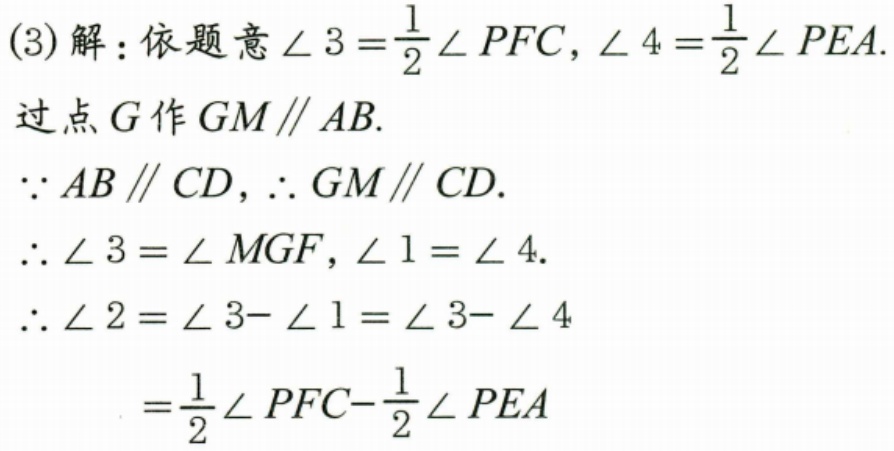
(3)解：依题意\(\angle 3=\frac{1}{2}\angle PFC\)，\(\angle 4=\frac{1}{2}\angle PEA\).
过点\(G\)作\(GM\parallel AB\).
\(\because AB\parallel CD\)，\(\therefore GM\parallel CD\).
\(\therefore \angle 3=\angle MGF\)，\(\angle 1=\angle 4\).
\(\therefore \angle 2=\angle 3 - \angle 1=\angle 3 - \angle 4\)
\(=\frac{1}{2}\angle PFC-\frac{1}{2}\angle PEA\)